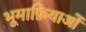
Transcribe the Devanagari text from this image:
भूमाफ़ियाओं